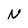
Character: N